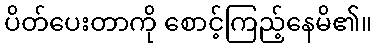
ပိတ်ပေးတာကို စောင့်ကြည့်နေမိ၏။